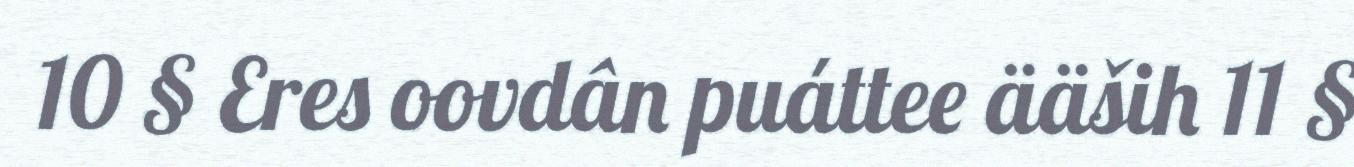
10 § Eres oovdân puáttee ääših 11 §